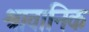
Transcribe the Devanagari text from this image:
श्रावानिक